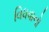
વિધવાનો